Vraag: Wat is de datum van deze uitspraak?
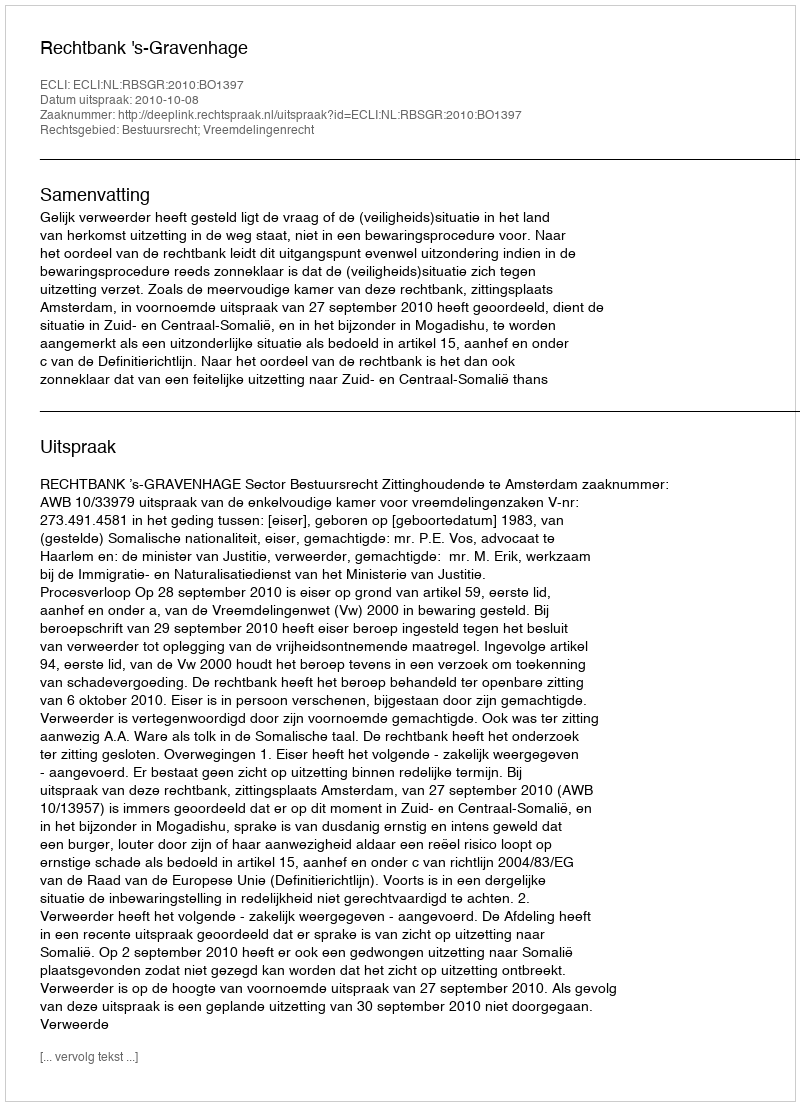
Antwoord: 2010-10-08